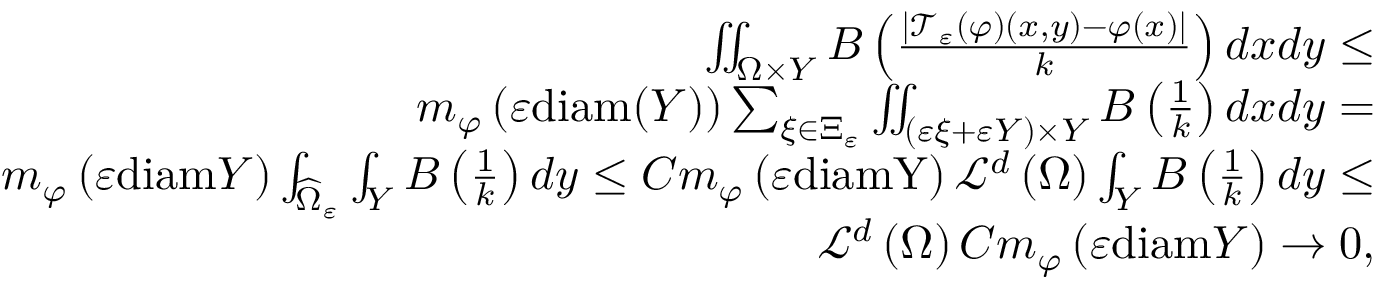
\begin{array} { r } { \iint _ { \Omega \times Y } B \left( \frac { \left\vert \mathcal { T } _ { \varepsilon } \left( \varphi \right) \left( x , y \right) - \varphi \left( x \right) \right\vert } { k } \right) d x d y \leq } \\ { m _ { \varphi } \left( \varepsilon \mathrm { d i a m } ( Y ) \right) \sum _ { \xi \in \Xi _ { \varepsilon } } \iint _ { ( \varepsilon \xi + \varepsilon Y ) \times Y } B \left( \frac { 1 } { k } \right) d x d y = } \\ { m _ { \varphi } \left( \varepsilon \mathrm { d i a m } Y \right) \int _ { \widehat { \Omega } _ { \varepsilon } } \int _ { Y } B \left( \frac { 1 } { k } \right) d y \leq C m _ { \varphi } \left( \varepsilon \mathrm { d i a m Y } \right) \mathcal L ^ { d } \left( \Omega \right) \int _ { Y } { B } \left( \frac { 1 } { k } \right) d y \leq } \\ { \mathcal L ^ { d } \left( \Omega \right) C m _ { \varphi } \left( \varepsilon \mathrm { d i a m } Y \right) \rightarrow 0 , } \end{array}